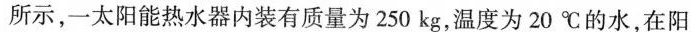
所示，一太阳能热水器内装有质量为250kg，温度为20℃的水，在阳